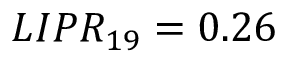
L I P R _ { 1 9 } = 0 . 2 6